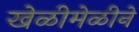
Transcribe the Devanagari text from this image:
खेळीमेळीने